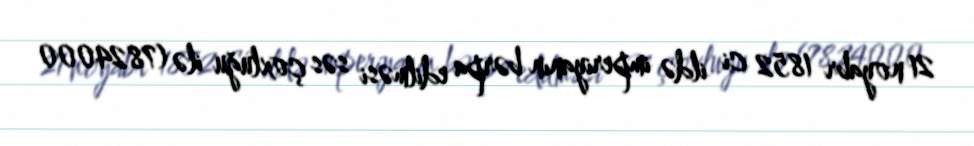
21 noyabr 1852 ci ildə imperiyanın bərpa edilməsi səs çoxluğu ilə (7824000